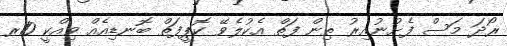
ރޯދަ މަސް ފެށުނުއިރު ތިން ފަތް އެކުލެވޭ ކޮޕީފަތް ބޮނޑިއެއް ވިއްކީ 10ރ